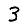
Digit: 3